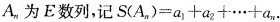
A_{n}为E数列，记$$S(A_{n})=a_{1}+a_{2}+…+a_{n}$$.